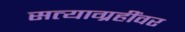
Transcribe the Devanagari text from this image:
सत्याग्रहींवर